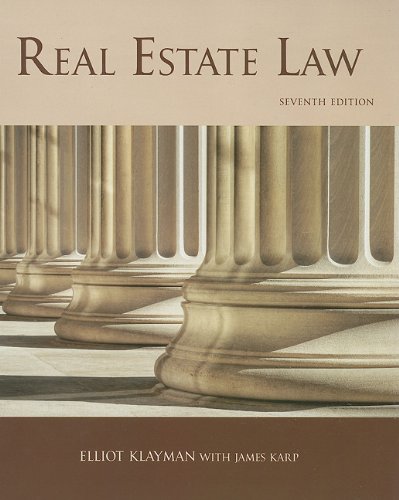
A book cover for Real Estate Law, 7th Edition (Real Estate Law (Karp, James)); Elliot Klayman; Business & Money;